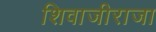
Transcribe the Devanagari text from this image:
शिवाजीराजा